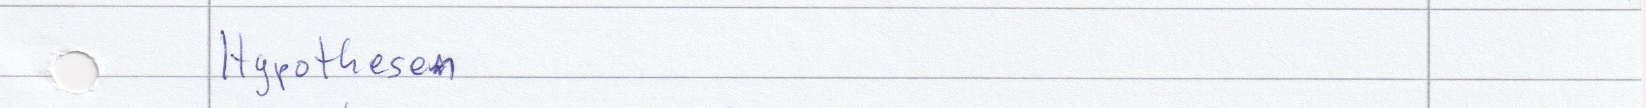
Hypothesen